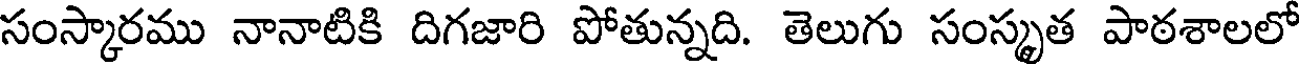
సంస్కారము నానాటికి దిగజారి పోతున్నది. తెలుగు సంస్కృత పాఠశాలలో